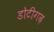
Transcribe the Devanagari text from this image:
डोटीगढ़